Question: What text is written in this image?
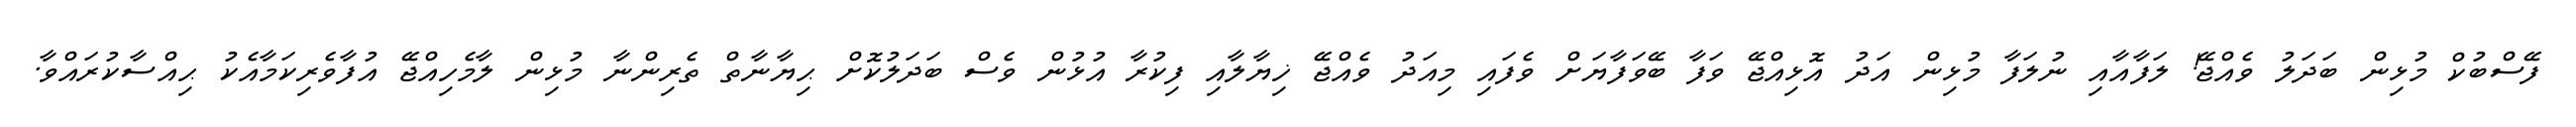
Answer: ފޭސްބުކް މުޅިން ބަދަލު ވެއްޖޭ! ލަފާއާއި ނުލަފާ މުޅިން އަދު އޮޅިއްޖޭ ވަފާ ބޭވަފާޔަށް ވެފައި މިއަދު ވެއްޖޭ ޚިޔާލާއި ފިކުރާ އުޅުން ވެސް ބަދަލުކޮށް ޙިޔާނާތް ތެރިންނާ މުޅިން ލާމެހިއްޖޭ އުފާވެރިކަމާއެކު ޙިއްސާކުރައްވާ.